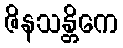
ဇိနသန္တိကေ